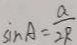
\sin A = \frac { a } { 2 R }